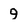
Character: 9